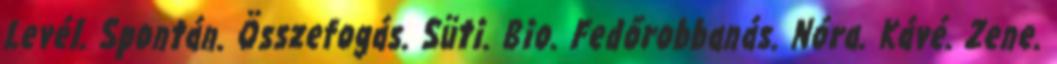
Levél. Spontán. Összefogás. Süti. Bio. Fedőrobbanás. Nóra. Kávé. Zene.